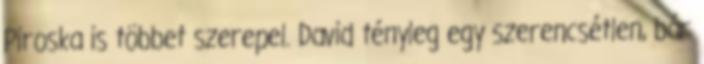
Piroska is többet szerepel. David tényleg egy szerencsétlen, bár